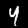
Label: 4